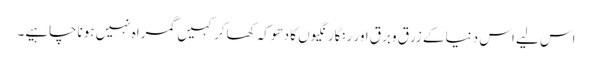
اس لیے اس دنیا کے زرق وبرق اور رنگارنگیوں کا دھوکہ کھاکر کہیں گمراہ نہیں ہوناچاہیے۔